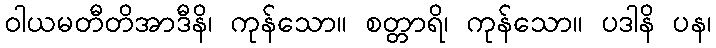
ဝါယမတီတိအာဒီနိ၊ ကုန်သော။ စတ္တာရိ၊ ကုန်သော။ ပဒါနိ ပန၊